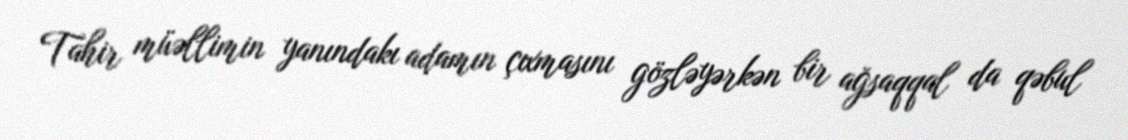
Tahir müəllimin yanındakı adamın çıxmasını gözləyərkən bir ağsaqqal da qəbul